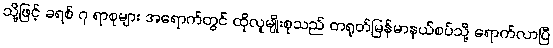
သို့ဖြင့် ခရစ် ၇ ရာစုများ အရောက်တွင် ထိုလူမျိုးစုသည် တရုတ်မြန်မာနယ်စပ်သို့ ရောက်လာပြီ